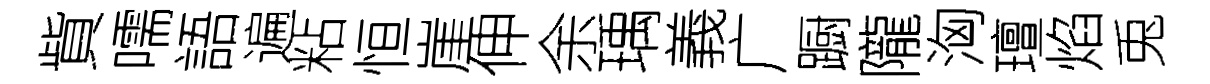
貲嚅語遍粘恒崖伸余瑀義广蹰隴洶璮焰兎